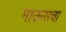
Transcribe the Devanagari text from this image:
माऊसचा